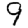
Digit: 9